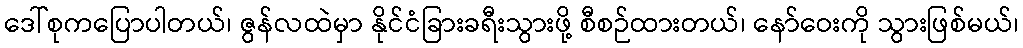
ဒေါ်စုကပြောပါတယ်၊ ဇွန်လထဲမှာ နိုင်ငံခြားခရီးသွားဖို့ စီစဉ်ထားတယ်၊ နော်ဝေးကို သွားဖြစ်မယ်၊